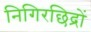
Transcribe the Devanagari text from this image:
निगिरछिद्रों